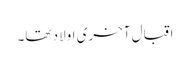
اقبال آخری اولاد تھا۔